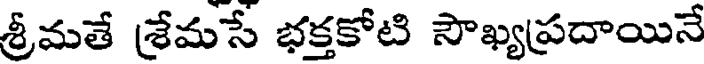
శ్రీమతే శ్రేమసే భక్తకోటి సౌఖ్యప్రదాయినే